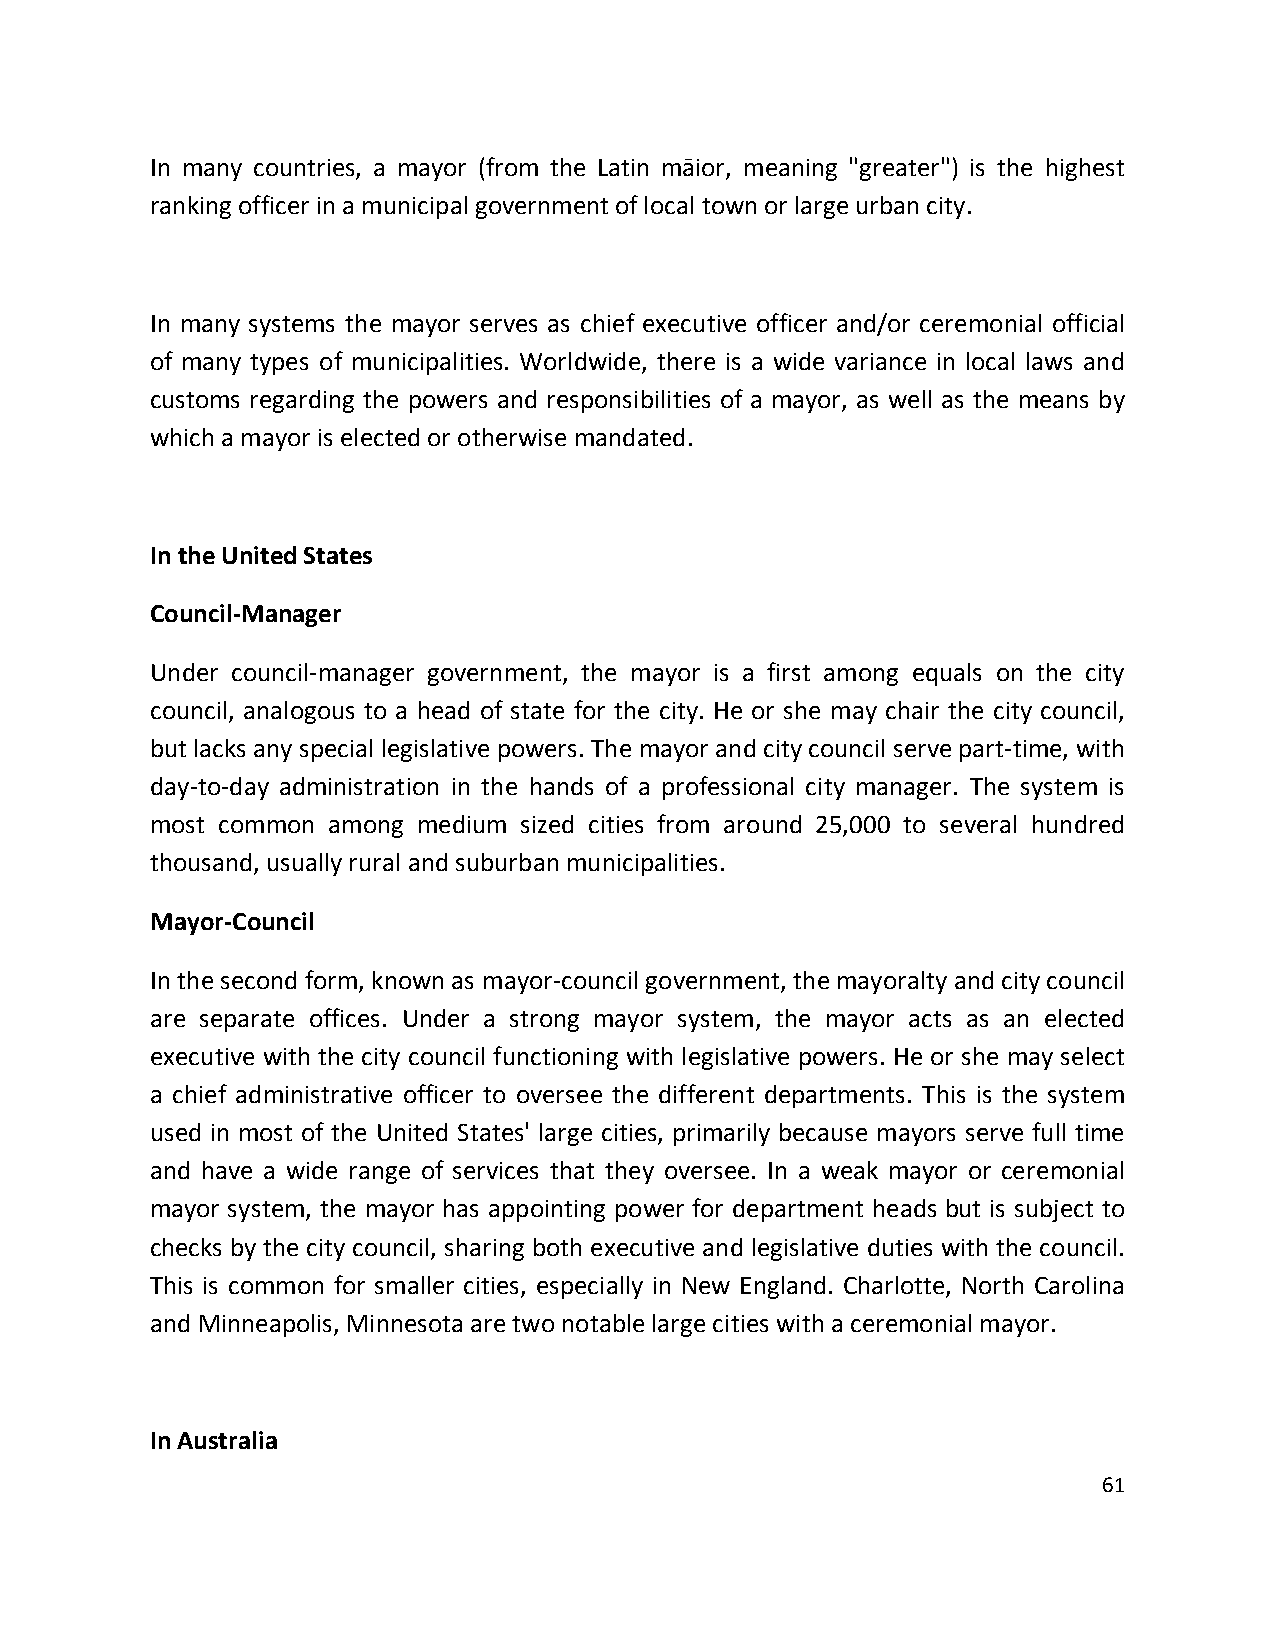
In many countries, a mayor (from the Latin māior, meaning "greater") is the highest
 ranking officer in a municipal government of local town or large urban city.
 In many systems the mayor serves as chief executive officer and/or ceremonial official
 of many types of municipalities. Worldwide, there is a wide variance in local laws and
 customs regarding the powers and responsibilities of a mayor, as well as the means by
 which a mayor is elected or otherwise mandated.
 In the United States
 Council-Manager
 Under council-manager government, the mayor is a first among equals on the city
 council, analogous to a head of state for the city. He or she may chair the city council,
 but lacks any special legislative powers. The mayor and city council serve part-time, with
 day-to-day administration in the hands of a professional city manager. The system is
 most common among medium sized cities from around 25,000 to several hundred
 thousand, usually rural and suburban municipalities.
 Mayor-Council
 In the second form, known as mayor-council government, the mayoralty and city council
 are separate offices. Under a strong mayor system, the mayor acts as an elected
 executive with the city council functioning with legislative powers. He or she may select
 a chief administrative officer to oversee the different departments. This is the system
 used in most of the United States' large cities, primarily because mayors serve full time
 and have a wide range of services that they oversee. In a weak mayor or ceremonial
 mayor system, the mayor has appointing power for department heads but is subject to
 checks by the city council, sharing both executive and legislative duties with the council.
 This is common for smaller cities, especially in New England. Charlotte, North Carolina
 and Minneapolis, Minnesota are two notable large cities with a ceremonial mayor.
 In Australia
 61